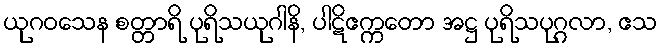
ယုဂဝသေန စတ္တာရိ ပုရိသယုဂါနိ, ပါဋိဧက္ကတော အဋ္ဌ ပုရိသပုဂ္ဂလာ, ဧသ